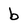
Character: b